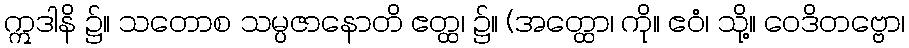
ဣဒါနိ ၌။ သတောစ သမ္ပဇာနောတိ ဧတ္ထ၊ ၌။ (အတ္ထော၊ ကို။ ဧဝံ၊ သို့။ ဝေဒိတဗ္ဗော၊